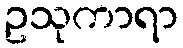
ဥသုကာရာ